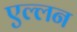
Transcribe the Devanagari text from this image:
एल्लन